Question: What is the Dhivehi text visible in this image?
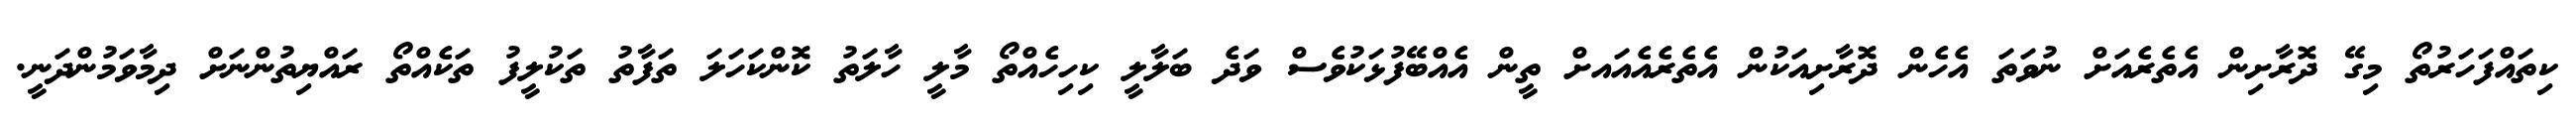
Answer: ކިތައްފަހަރުތޯ މިގޭ ދޮރާށިން އެތެރެއަށް ނުވަތަ އެހެން ދޮރާށިއަކުން އެތެރެއެއައށް ތީން އެއްބޭފުޅަކުވެސް ވަދެ ބަލާލީ ކިހިހެއްތޯ މާލީ ހާލަތު ކޮންކަހަލަ ތަފާތު ތަކުލީފު ތަކެއްތޯ ރައްޔިތުންނަށް ދިމާވަމުންދަނީ.